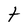
Character: t